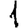
Digit: 1